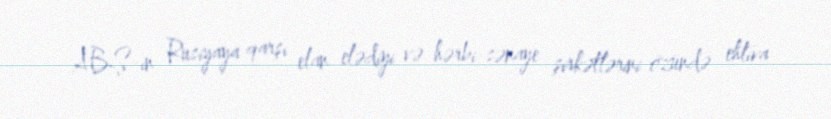
ABŞ-ın Rusiyaya qarşı elan elədiyi və hərbi-sənaye şirkətlərini özündə ehtiva